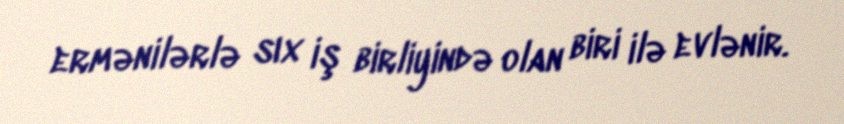
ermənilərlə sıx iş birliyində olan biri ilə evlənir.